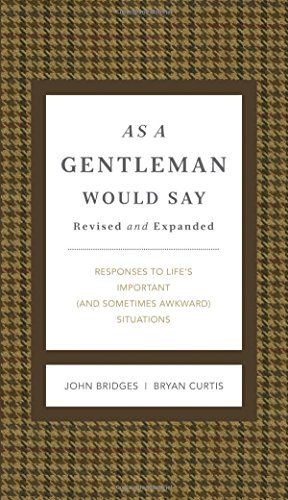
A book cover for As a Gentleman Would Say: Responses to Life's Important (and Sometimes Awkward) Situations (Gentlemanners); John Bridges; Humor & Entertainment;